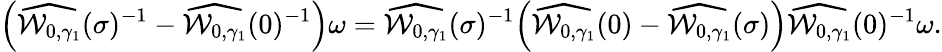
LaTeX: \Bigl(\widehat{\mathcal{W}_{0,\gamma_{1}}}(\sigma)^{-1}-\widehat{\mathcal{W}_{0,\gamma_{1}}}(0)^{-1}\Bigr)\omega=\widehat{\mathcal{W}_{0,\gamma_{1}}}(\sigma)^{-1}\Bigl(\widehat{\mathcal{W}_{0,\gamma_{1}}}(0)-\widehat{\mathcal{W}_{0,\gamma_{1}}}(\sigma)\Bigr)\widehat{\mathcal{W}_{0,\gamma_{1}}}(0)^{-1}\omega.